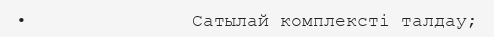
•               Сатылай комплексті талдау;